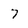
Character: 7